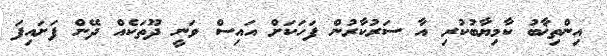
އިންތިޚާބު ކާމިޔާބުކުރި އާ ސަރުކާރުން ފަހަކަށް އައިސް ވަނީ ދޫތަކެއް ދޭން ފަށައިފަ